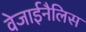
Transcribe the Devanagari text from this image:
वेजाईनैलिस